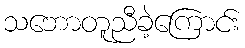
သဘောတူညီခဲ့ကြောင်း